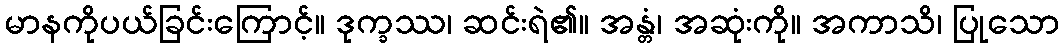
မာနကိုပယ်ခြင်းကြောင့်။ ဒုက္ခဿ၊ ဆင်းရဲ၏။ အန္တံ၊ အဆုံးကို။ အကာသိ၊ ပြုသော